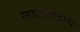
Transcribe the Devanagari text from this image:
लाहोरलाच